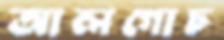
আলগোচ